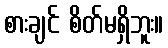
စားချင် စိတ်မရှိဘူး။